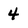
Character: 4